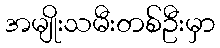
အမျိုးသမီးတစ်ဦးမှာ